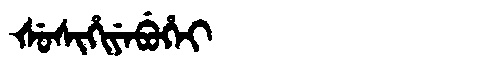
Manchu: ᡧᡠᠰᡳᡥᡳᠶᡝᠪᡠᡥᡝᡳ
Romanization: ŠUSIHIYEBUHEI